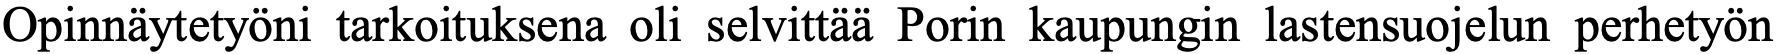
Opinnäytetyöni tarkoituksena oli selvittää Porin kaupungin lastensuojelun perhetyön